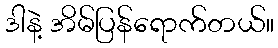
ဒါနဲ့ အိမ်ပြန်ရောက်တယ်။